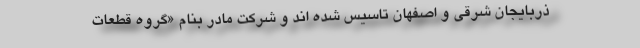
ذربایجان شرقی و اصفهان تاسیس شده اند و شرکت مادر بنام «گروه قطعات